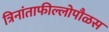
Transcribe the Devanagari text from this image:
त्रिनांताफील्लोपौळस